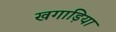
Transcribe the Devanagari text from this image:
खगाड़िया